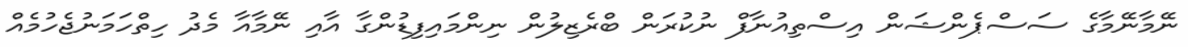
ނޭމާނޭމާގެ ސަސްޕެންޝަން އިސްތިއުނާފް ނުކުރަން ބްރެޒިލުން ނިންމައިފިޑުންގާ އާއި ނޭމާއާ މެދު ހިތްހަމަނުޖެހުމެއް